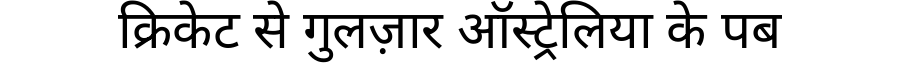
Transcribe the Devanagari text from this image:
क्रिकेट से गुलज़ार ऑस्ट्रेलिया के पब